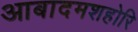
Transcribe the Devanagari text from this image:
आबादमशहोरि